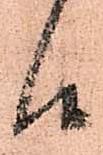
候